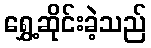
ရွှေ့ဆိုင်းခဲ့သည်